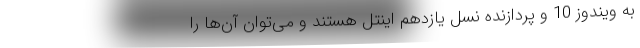
به ویندوز 10 و پردازنده نسل یازدهم اینتل هستند و می‌توان آن‌ها را